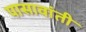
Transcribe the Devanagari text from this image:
पासावांती